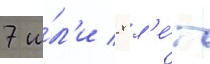
7 и́л'и 8 л'е́т